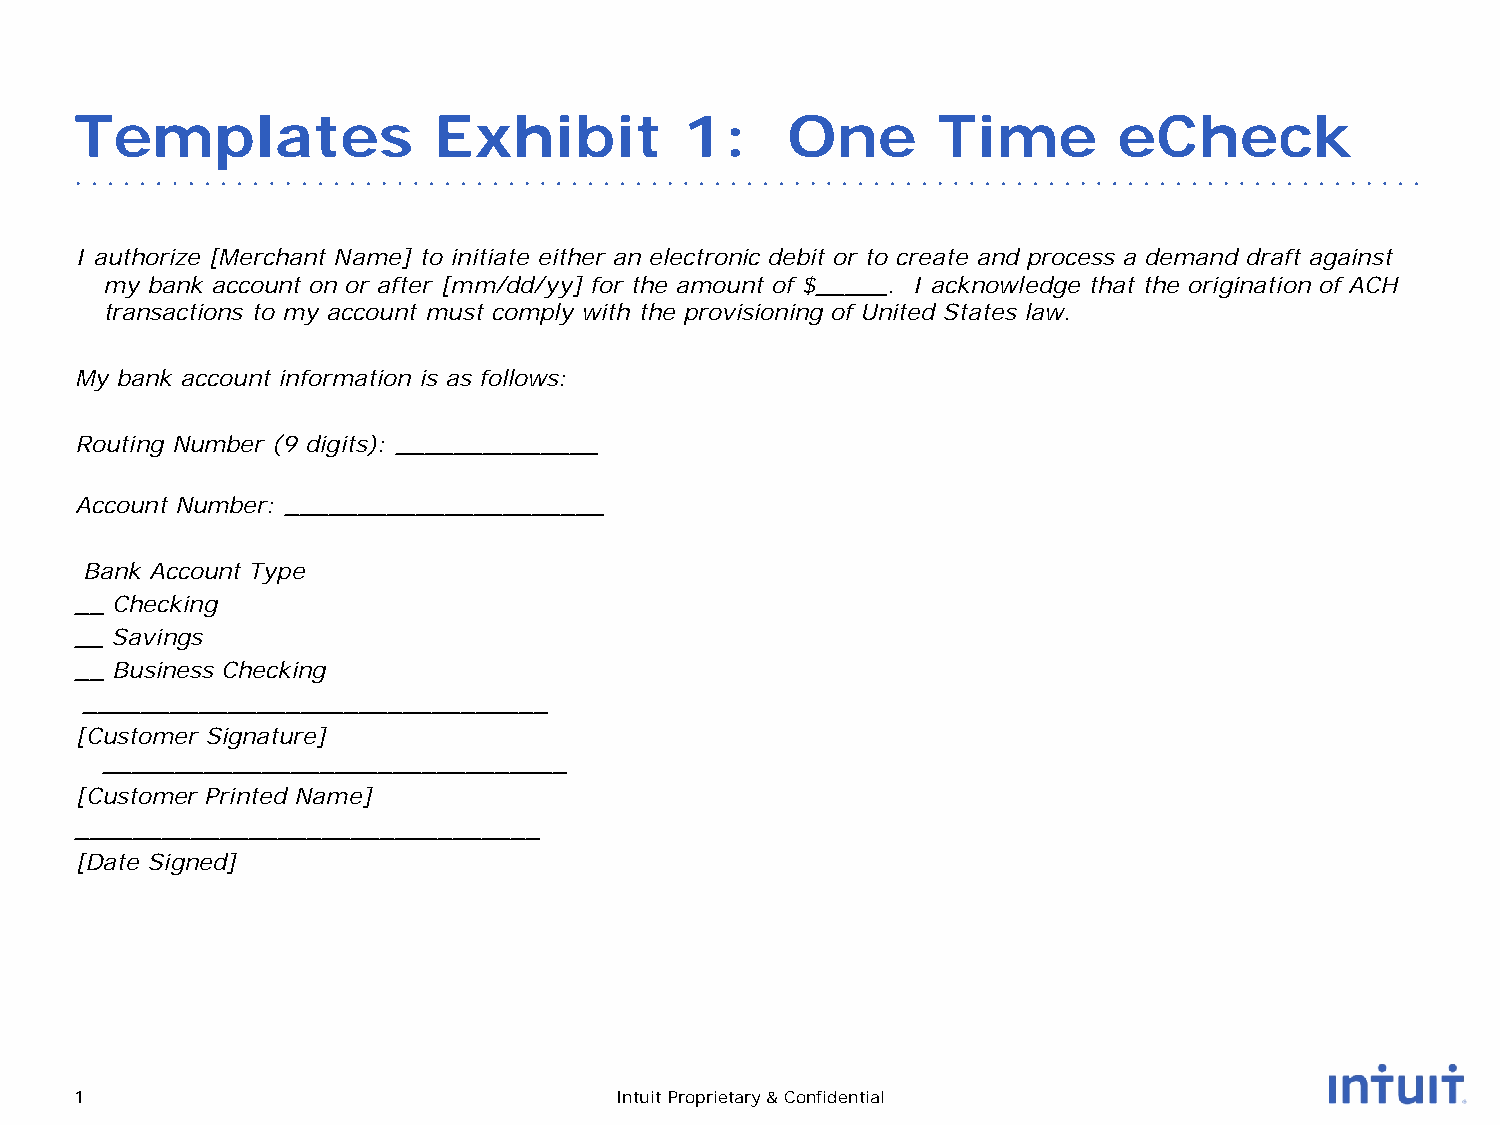
Templates               Exhibit         1:     One       Time        eCheck
 I authorize [Merchant Name] to initiate either an electronic debit or to create and process a demand draft against
 my bank account on or after [mm/dd/yy] for the amount of $_____. I acknowledge that the origination of ACH
 transactions to my account must comply with the provisioning of United States law.
 My bank account information is as follows:
 Routing Number (9 digits): ______________
 Account Number: ______________________
 Bank Account Type
 __ Checking
 __ Savings
 __ Business Checking
 ________________________________
 [Customer Signature]
 ________________________________
 [Customer Printed Name]
 ________________________________
 [Date Signed]
 1                                   Intuit Proprietary & Confidential